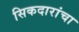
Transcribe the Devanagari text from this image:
सिकदारांचा